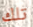
تلك